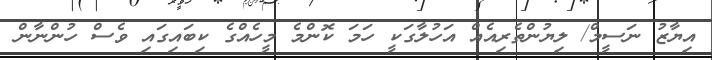
އިޔާޒު ނަސީމް/ ލިޔުންތެރިއެއް އަހުލާގަކީ ހަމަ ކޮންމެ މީހެއްގެ ކިބައިގައި ވެސް ހުންނާން